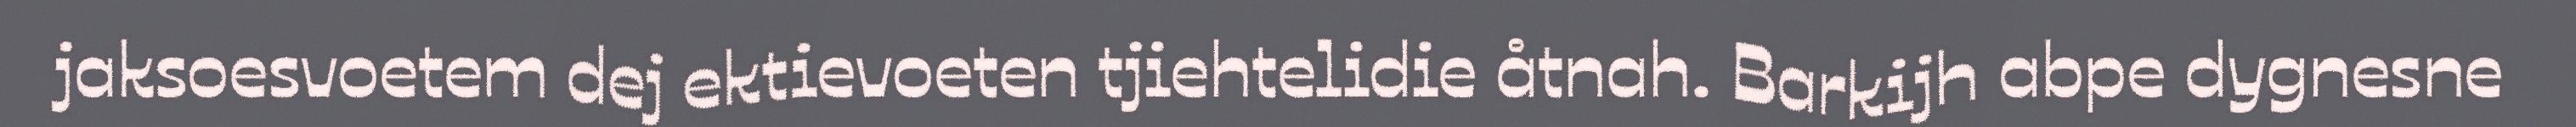
jaksoesvoetem dej ektievoeten tjiehtelidie åtnah. Barkijh abpe dygnesne